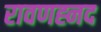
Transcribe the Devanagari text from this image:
रावणह्नद